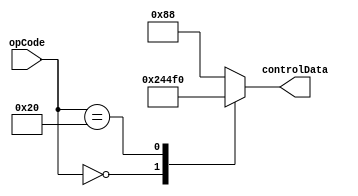
//-----------------------------------------------------
// Design Name : Assignment 3
// Function : This file handles the main Control of the Processor
// Coder    : Waleed Chaudhry
//--------------

module mainControl(opCode, controlData);
	input wire [5:0] opCode;
	output reg [8:0] controlData;

	always @ (*) begin
		case(opCode)
		    6'b000000: controlData = 9'b100_100_010; //R-Type
		    6'b100000: controlData = 9'b011_110_000; //lb
		    default:   controlData = 9'b010_001_000; //sb

	 	endcase 
	end
endmodule